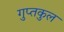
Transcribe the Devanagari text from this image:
गुप्तकुल